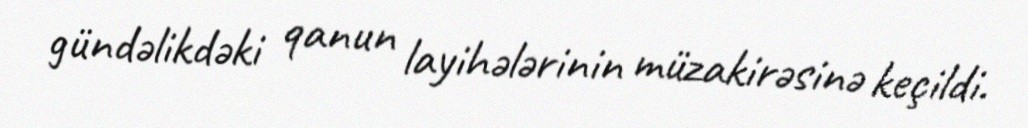
gündəlikdəki qanun layihələrinin müzakirəsinə keçildi.